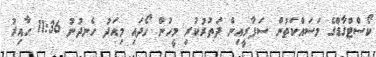
ކޯސްޓްގާޑްގެ މަސައްކަތުން ސަފާރީއިން ދަތުރުކުރި މީހުން ހޯދައި މިއަދު ހެނދުނު 11:36 ހާއިރު